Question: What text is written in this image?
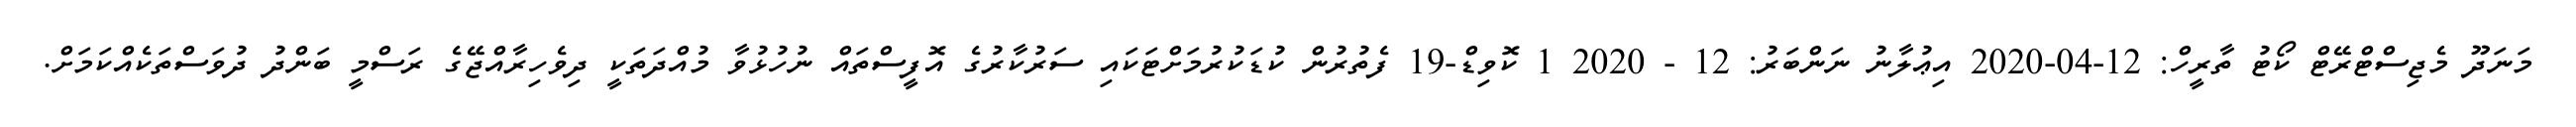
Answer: މަނަދޫ މެޖިސްޓްރޭޓް ކޯޓު ތާރީހް: 12-04-2020 އިޢުލާނު ނަންބަރު: 12 - 2020 1 ކޮވިޑް-19 ފެތުރުން ކުޑަކުރުމަށްޓަކައި ސަރުކާރުގެ އޮފީސްތައް ނުހުޅުވާ މުއްދަތަކީ ދިވެހިރާއްޖޭގެ ރަސްމީ ބަންދު ދުވަސްތަކެއްކަމަށް.